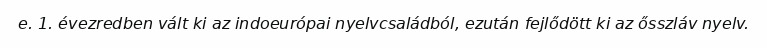
e. 1. évezredben vált ki az indoeurópai nyelvcsaládból, ezután fejlődött ki az ősszláv nyelv.